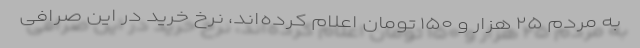
به مردم ۲۵ هزار و ۱۵۰ تومان اعلام کرده‌اند، نرخ خرید در این صرافی